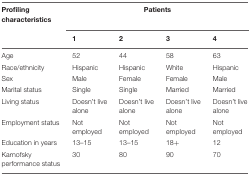
| Profiling characteristics | <COLSPAN=4> Patients |
 |  | 1 | 2 | 3 | 4 |
 | --- | --- | --- | --- | --- |
 | Age | 52 | 44 | 58 | 63 |
 | Race/ethnicity | Hispanic | Hispanic | White | Hispanic |
 | Sex | Male | Female | Female | Male |
 | Marital status | Single | Single | Married | Married |
 | Living status | Doesn’t live alone | Doesn’t live alone | Doesn’t live alone | Doesn’t live alone |
 | Employment status | Not employed | Not employed | Not employed | Not employed |
 | Education in years | 13–15 | 13–15 | 18+ | 12 |
 | Karnofsky performance status | 30 | 80 | 90 | 70 |